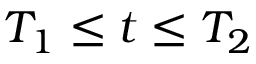
T _ { 1 } \leq t \leq T _ { 2 }